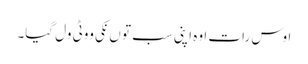
اوس رات اوہ اپنی سب تو ں نکی ووٹی ول گیا۔